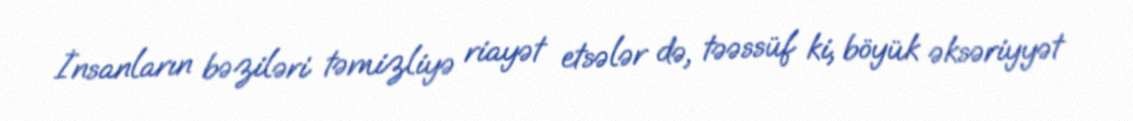
İnsanların bəziləri təmizliyə riayət etsələr də, təəssüf ki, böyük əksəriyyət